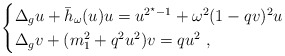
\begin{align*}\begin{cases}\Delta_g u+ \bar{h}_\omega(u)u=u^{2^\star-1}+\omega^2(1-qv)^2 u\\\Delta_g v+(m_1^2+q^2u^2) v= q u^2~,\end{cases}\end{align*}